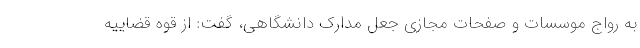
به رواج موسسات و صفحات مجازی جعل مدارک دانشگاهی، گفت: از قوه قضاییه